Indian journal of veterinary science and animal husbandry - Volume 10,
Year: 1940
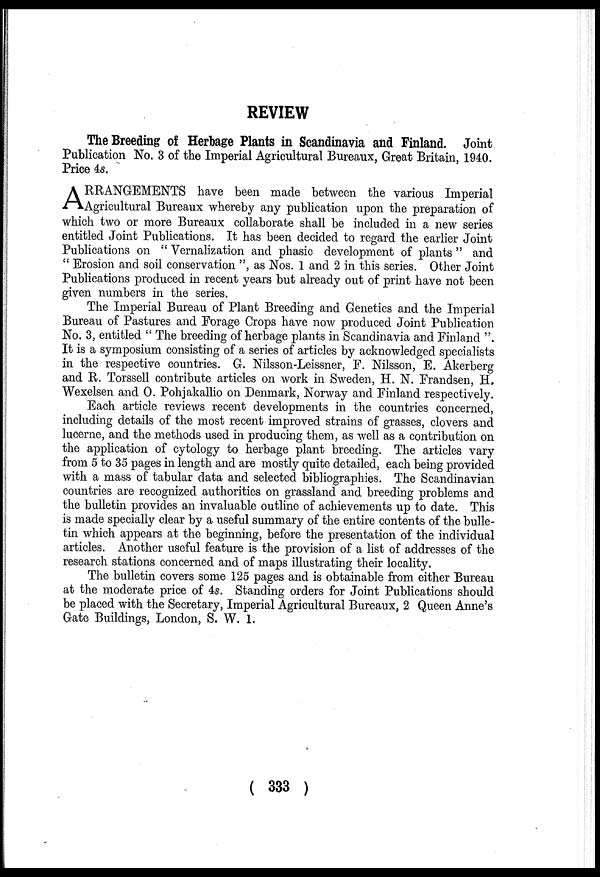
REVIEW
The Breeding of Herbage Plants in Scandinavia and Finland. Joint
Publication No. 3 of the Imperial Agricultural Bureaux, Great Britain, 1940.
Price 4s.
A RRANGEMENTS have been made between the various Imperial
Agricultural Bureaux whereby any publication upon the preparation of
which two or more Bureaux collaborate shall be included in a new series
entitled Joint Publications. It has been decided to regard the earlier Joint
Publications on " Vernalization and phasic development of plants " and
" Erosion and soil conservation ", as Nos. 1 and 2 in this series. Other Joint
Publications produced in recent years but already out of print have not been
given numbers in the series.
The Imperial Bureau of Plant Breeding and Genetics and the Imperial
Bureau of Pastures and Forage Crops have now produced Joint Publication
No. 3, entitled " The breeding of herbage plants in Scandinavia and Finland ".
It is a symposium consisting of a series of articles by acknowledged specialists
in the respective countries. G. Nilsson-Leissner, F. Nilsson, E. Akerberg
and R. Torssell contribute articles on work in Sweden, H. N. Frandsen, H.
Wexelsen and O. Pohjakallio on Denmark, Norway and Finland respectively.
Each article reviews recent developments in the countries concerned,
including details of the most recent improved strains of grasses, clovers and
lucerne, and the methods used in producing them, as well as a contribution on
the application of cytology to herbage plant breeding. The articles vary
from 5 to 35 pages in length and are mostly quite detailed, each being provided
with a mass of tabular data and selected bibliographies. The Scandinavian
countries are recognized authorities on grassland and breeding problems and
the bulletin provides an invaluable outline of achievements up to date. This
is made specially clear by a useful summary of the entire contents of the bulle-
tin which appears at the beginning, before the presentation of the individual
articles. Another useful feature is the provision of a list of addresses of the
research stations concerned and of maps illustrating their locality.
The bulletin covers some 125 pages and is obtainable from either Bureau
at the moderate price of 4s. Standing orders for Joint Publications should
be placed with the Secretary, Imperial Agricultural Bureaux, 2 Queen Anne's
Gate Buildings, London, S. W. 1.
( 333 )